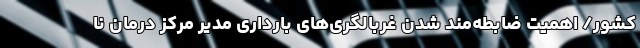
کشور/ اهمیت ضابطه‌مند شدن غربالگری‌های بارداری مدیر مرکز درمان نا